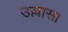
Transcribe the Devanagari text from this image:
उल्लासा